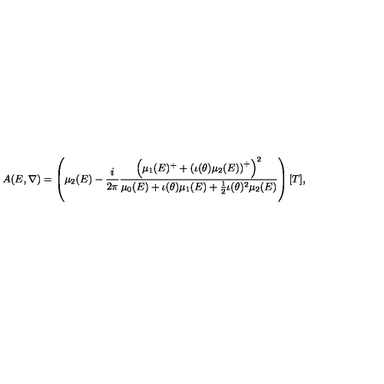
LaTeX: A ( E , \nabla ) = \left( \mu _ { 2 } ( E ) - \frac { i } { 2 \pi } \frac { \left( \mu _ { 1 } ( E ) ^ { + } + \left( \iota ( \theta ) \mu _ { 2 } ( E ) \right) ^ { + } \right) ^ { 2 } } { \mu _ { 0 } ( E ) + \iota ( \theta ) \mu _ { 1 } ( E ) + \frac { 1 } { 2 } \iota ( \theta ) ^ { 2 } \mu _ { 2 } ( E ) } \right) [ T ] ,